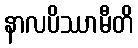
နာလပိဿာမီတိ